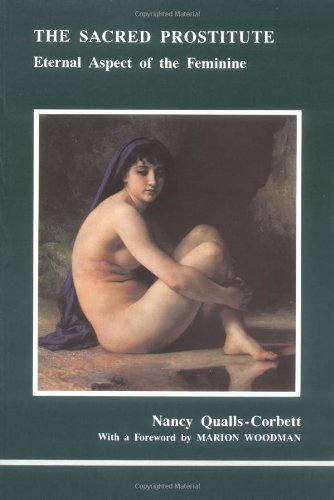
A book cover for The Sacred Prostitute: Eternal Aspect of the Feminine (Studies in Jungian Psychology By Jungian Analysts); Nancy Qualls-Corbett; Medical Books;